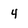
Character: 4